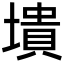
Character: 墤